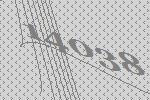
14038